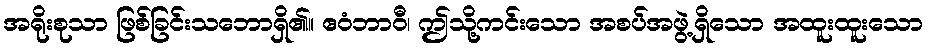
အရိုးစုသာ ဖြစ်ခြင်းသဘောရှိ၏။ ဧဝံဘာဝီ၊ ဤသို့ကင်းသော အစပ်အဖွဲ့ရှိသော အထူးထူးသော